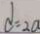
d = 2 a